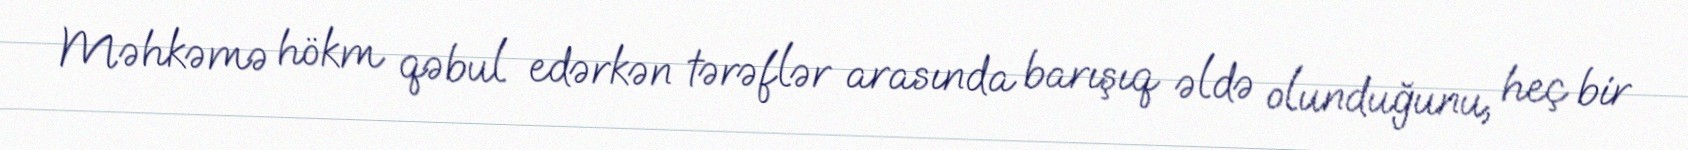
Məhkəmə hökm qəbul edərkən tərəflər arasında barışıq əldə olunduğunu, heç bir